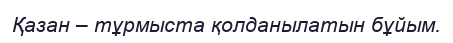
Қазан – тұрмыста қолданылатын бұйым.